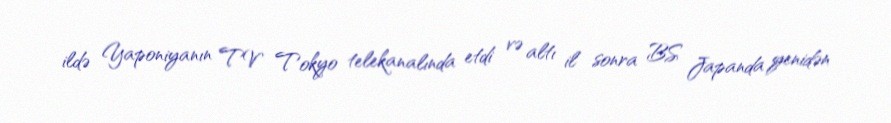
ildə Yaponiyanın TV Tokyo telekanalında etdi və altı il sonra BS Japanda yenidən